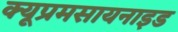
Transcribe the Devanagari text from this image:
क्यूप्रमसायनाइड